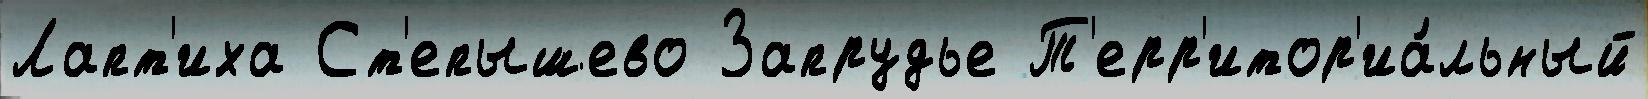
Лапт'иха Ст'епышево Запрудье Т'ерр'итор'иа́льный